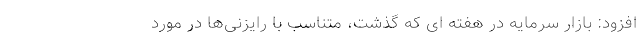
افزود: بازار سرمایه در هفته ای که گذشت، متناسب با رایزنی‌ها در مورد